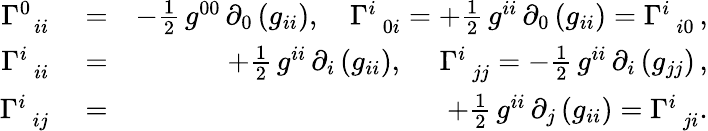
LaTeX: \begin{array}{rlr}{\Gamma_{\, \, \, ii}^{0}}&{{}=}&{-\frac{1}{2}\, g^{00}\, \partial_{0}\left(g_{ii}\right),\quad\Gamma_{\, \, \, 0i}^{i}=+\frac{1}{2}\, g^{ii}\, \partial_{0}\left(g_{ii}\right)=\Gamma_{\, \, \, i0}^{i}\, ,}\\ {\Gamma_{\, \, \, ii}^{i}}&{{}=}&{+\frac{1}{2}\, g^{ii}\, \partial_{i}\left(g_{ii}\right),~\quad\Gamma_{\, \, \, jj}^{i}=-\frac{1}{2}\, g^{ii}\, \partial_{i}\left(g_{jj}\right)\, ,}\\ {\Gamma_{\, \, \, ij}^{i}}&{{}=}&{+\frac{1}{2}\, g^{ii}\, \partial_{j}\left(g_{ii}\right)=\Gamma_{\, \, \, ji}^{i}.}\end{array}